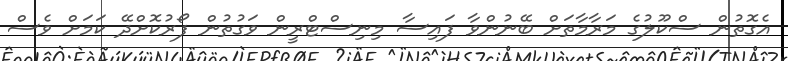
އެގޮތުން ސްކޫލުގެ މަރާމާތަށް ބޭނުންވާ ފައިސާ މިނިސްޓްރީން ވަގުތުން ފޯރުކޮށްދޭ ކަމަށް ވެސް